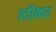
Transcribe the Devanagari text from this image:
लीकर